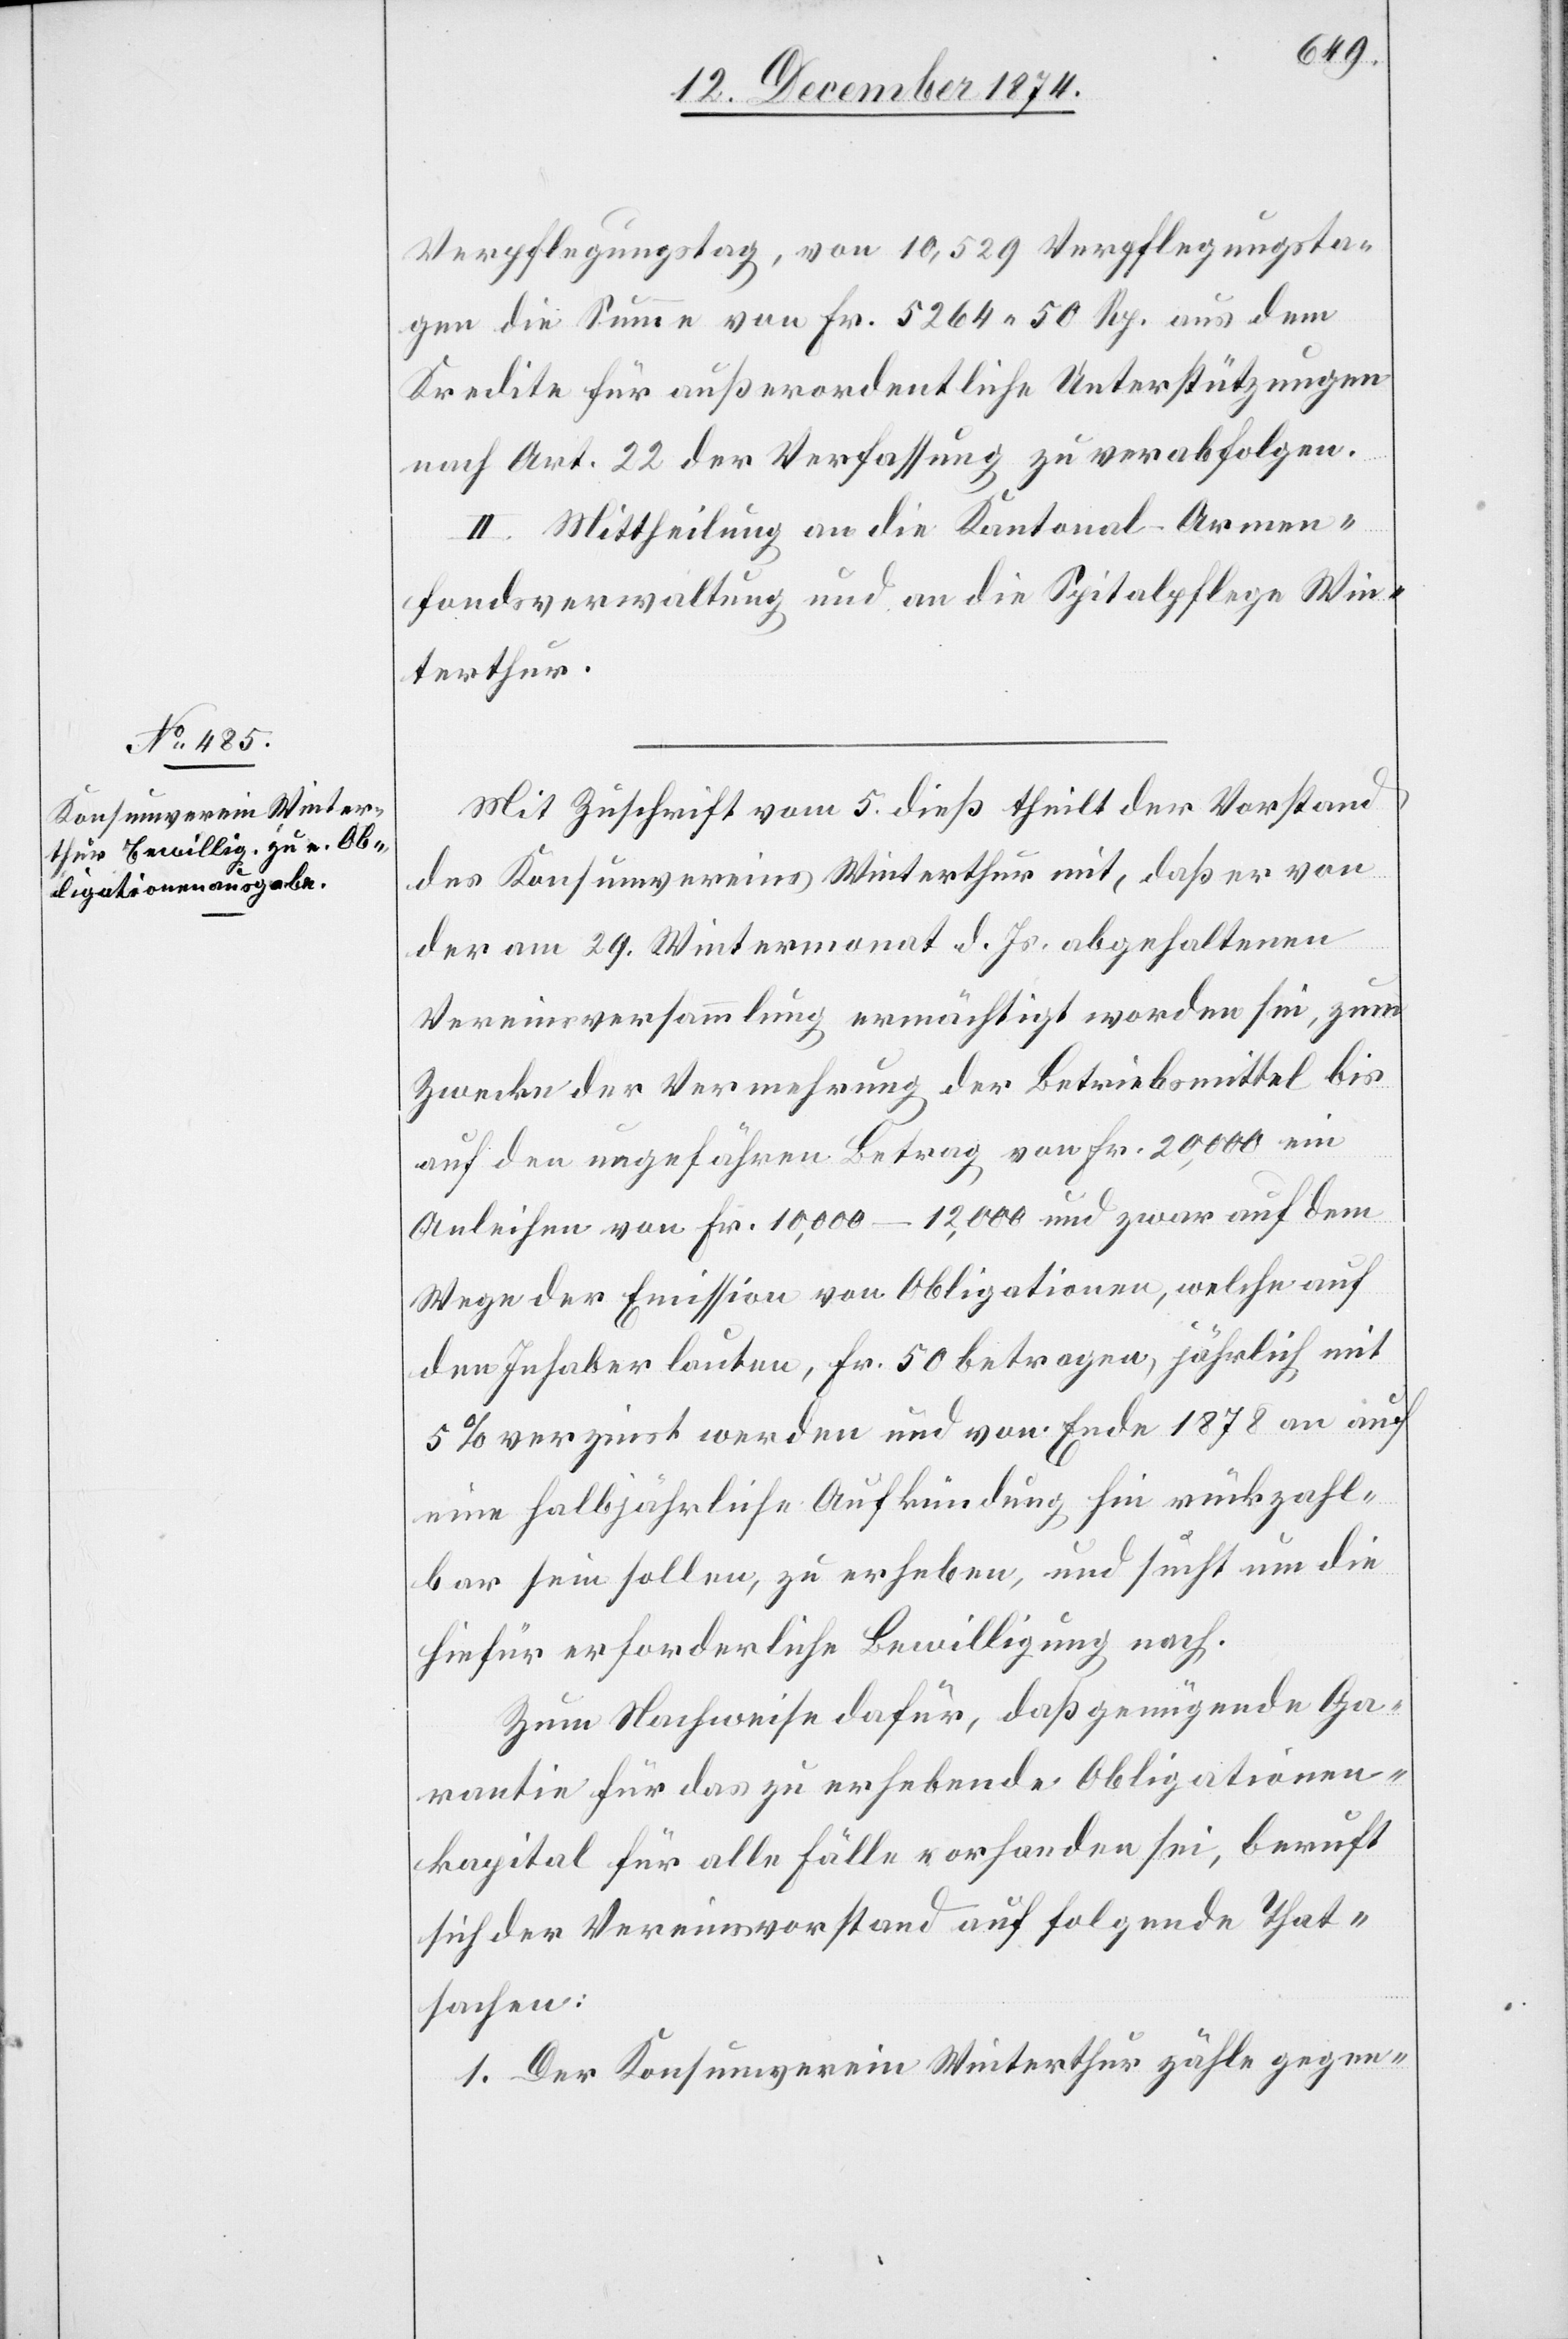
Verpflegungstag, von 10,529 Verpflegungsta¬
gen die Summe von Fr. 5264. 50 Rp. aus dem
Kredite für außerordentliche Unterstützungen
nach Art. 22 der Verfassung zu verabfolgen.
II. Mittheilung an die Kantonal-Armen¬
fondsverwaltung und an die Spitalpflege Win¬
terthur.
Mit Zuschrift vom 5. dieß theilt der Vorstand
des Konsumvereins Winterthur mit, daß er von
der am 29. Wintermonat d. Js. abgehaltenen
Vereinsversammlung ermächtigt worden sei, zum
Zwecke der Vermehrung der Betriebsmittel bis
auf den ungefähren Betrag von Fr. 20,000 ein
Anleihen von Fr. 10,000–12,000 und zwar auf dem
Wege der Emission von Obligationen, welche auf
den Inhaber lauten, Fr. 50 betragen, jährlich mit
5% verzinst werden und von Ende 1878 an auf
eine halbjährliche Aufkündung hin rückzahl¬
bar sein sollen, zu erheben, und sucht um die
hiefür erforderliche Bewilligung nach.
Zum Nachweise dafür, daß genügende Ga¬
rantie für das zu erhebende Obligationen¬
kapital für alle Fälle vorhanden sei, beruft
sich der Vereinsvorstand auf folgende That¬
sachen:
1. Der Konsumverein Winterthur zähle gegen-